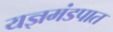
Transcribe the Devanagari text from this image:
यज्ञमंडपात